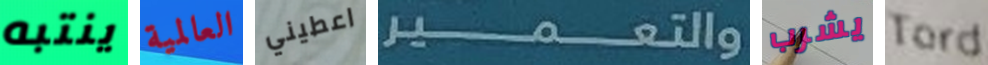
ينتبه العالمية اعطيني والتعمير يشرب Tord